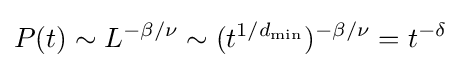
P(t)\sim L^{-\beta /\nu }\sim (t^{1/d_{\mathrm {min} }})^{-\beta /\nu }=t^{-\delta }